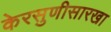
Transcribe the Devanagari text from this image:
केरसुणीसारखा